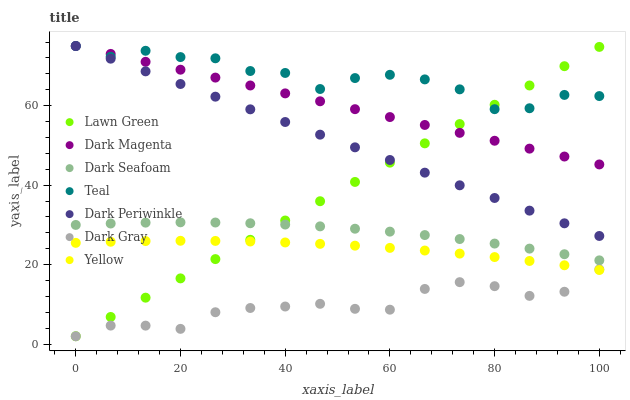
| xaxis_label | Lawn Green | Dark Magenta | Dark Seafoam | Teal | Dark Periwinkle | Dark Gray | Yellow |
 | --- | --- | --- | --- | --- | --- | --- | --- |
 | 0 | 2 | 75 | 30 | 75 | 75 | 2 | 25.5 |
 | 6.67 | 6.85 | 73 | 30.4 | 72.3 | 71.8 | 4.68 | 25.8 |
 | 13.3 | 11.7 | 71 | 30.6 | 73.8 | 68.6 | 4.67 | 25.9 |
 | 20 | 16.6 | 69 | 30.7 | 72.2 | 65.4 | 3.86 | 26 |
 | 26.7 | 21.4 | 67.1 | 30.6 | 71.9 | 62.3 | 8.04 | 26 |
 | 33.3 | 26.3 | 65.1 | 30.4 | 68.7 | 59.1 | 9.1 | 25.8 |
 | 40 | 31.1 | 63.1 | 30.1 | 68.2 | 55.9 | 9.48 | 25.6 |
 | 46.7 | 36 | 61.1 | 29.6 | 64.2 | 52.7 | 10.2 | 25.2 |
 | 53.3 | 40.8 | 59.1 | 29 | 66.9 | 49.5 | 8.9 | 24.8 |
 | 60 | 45.7 | 57.1 | 28.3 | 67.8 | 46.3 | 8.68 | 24.2 |
 | 66.7 | 50.5 | 55.1 | 27.4 | 66.6 | 43.1 | 13.9 | 23.6 |
 | 73.3 | 55.4 | 53.2 | 26.4 | 64.1 | 40 | 15.6 | 22.8 |
 | 80 | 60.2 | 51.2 | 25.3 | 59.1 | 36.8 | 14.6 | 21.9 |
 | 86.7 | 65.1 | 49.2 | 24 | 59.3 | 33.6 | 12.2 | 20.9 |
 | 93.3 | 69.9 | 47.2 | 22.6 | 62.7 | 30.4 | 13.2 | 19.9 |
 | 100 | 74.8 | 45.2 | 21.1 | 62.4 | 27.2 | 18.8 | 18.7 |